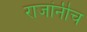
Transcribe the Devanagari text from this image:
राजांनीच